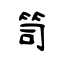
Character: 笥